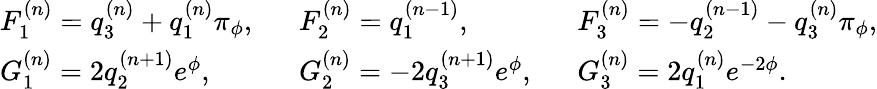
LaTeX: \left.\begin{array}{lll}{{F_{1}^{(n)}=q_{3}^{(n)}+q_{1}^{(n)}\pi_{\phi},\, \, \, \, }}&{{F_{2}^{(n)}=q_{1}^{(n-1)},\, \, \, \, }}&{{F_{3}^{(n)}=-q_{2}^{(n-1)}-q_{3}^{(n)}\pi_{\phi},}}\\ {{G_{1}^{(n)}=2q_{2}^{(n+1)}e^{\phi},\, \, \, \, }}&{{G_{2}^{(n)}=-2q_{3}^{(n+1)}e^{\phi},\, \, \, \, }}&{{G_{3}^{(n)}=2q_{1}^{(n)}e^{-2\phi}.}}\end{array}\right.